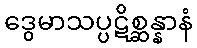
ဒွေမာသပ္ပဋိစ္ဆန္နာနံ